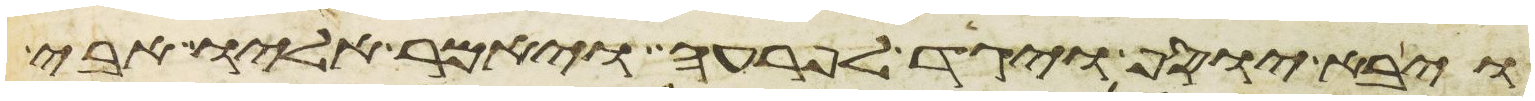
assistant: ויבא יוסף ויגד לפרעה ויאמר אליו אבי